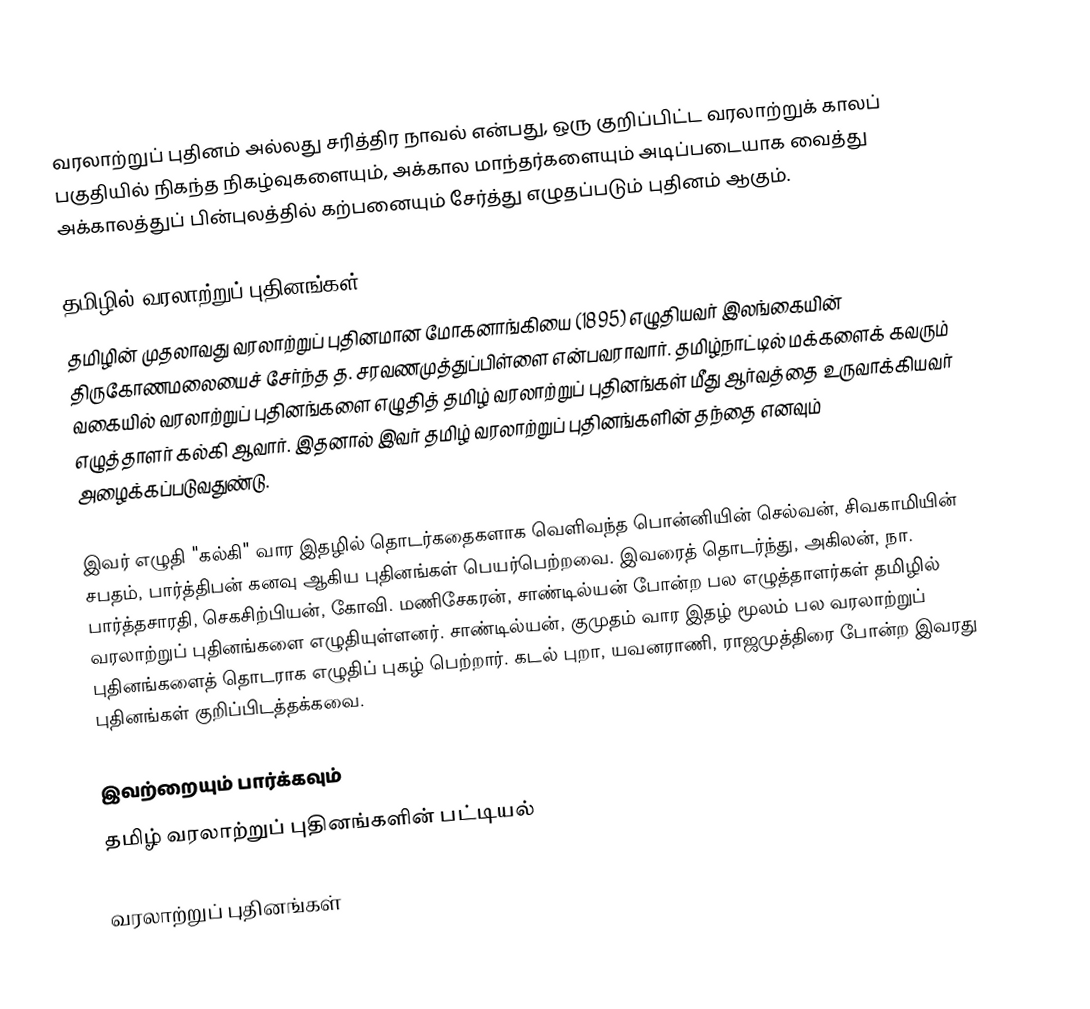
வரலாற்றுப் புதினம் அல்லது சரித்திர நாவல் என்பது, ஒரு குறிப்பிட்ட வரலாற்றுக் காலப் பகுதியில் நிகந்த நிகழ்வுகளையும், அக்கால மாந்தர்களையும் அடிப்படையாக வைத்து அக்காலத்துப் பின்புலத்தில் கற்பனையும் சேர்த்து எழுதப்படும் புதினம் ஆகும்.

தமிழில் வரலாற்றுப் புதினங்கள்
தமிழின் முதலாவது வரலாற்றுப் புதினமான மோகனாங்கியை (1895) எழுதியவர் இலங்கையின் திருகோணமலையைச் சேர்ந்த த. சரவணமுத்துப்பிள்ளை என்பவராவார். தமிழ்நாட்டில் மக்களைக் கவரும் வகையில் வரலாற்றுப் புதினங்களை எழுதித் தமிழ் வரலாற்றுப் புதினங்கள் மீது ஆர்வத்தை உருவாக்கியவர் எழுத்தாளர் கல்கி ஆவார். இதனால் இவர் தமிழ் வரலாற்றுப் புதினங்களின் தந்தை எனவும் அழைக்கப்படுவதுண்டு.

இவர் எழுதி "கல்கி" வார இதழில் தொடர்கதைகளாக வெளிவந்த பொன்னியின் செல்வன், சிவகாமியின் சபதம், பார்த்திபன் கனவு ஆகிய புதினங்கள் பெயர்பெற்றவை. இவரைத் தொடர்ந்து, அகிலன், நா. பார்த்தசாரதி, செகசிற்பியன், கோவி. மணிசேகரன், சாண்டில்யன் போன்ற பல எழுத்தாளர்கள் தமிழில் வரலாற்றுப் புதினங்களை எழுதியுள்ளனர். சாண்டில்யன், குமுதம் வார இதழ் மூலம் பல வரலாற்றுப் புதினங்களைத் தொடராக எழுதிப் புகழ் பெற்றார். கடல் புறா, யவனராணி, ராஜமுத்திரை போன்ற இவரது புதினங்கள் குறிப்பிடத்தக்கவை.

இவற்றையும் பார்க்கவும்
 தமிழ் வரலாற்றுப் புதினங்களின் பட்டியல்

வரலாற்றுப் புதினங்கள்